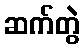
ဆက်တွဲ